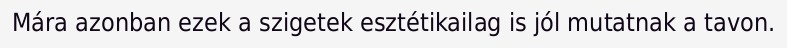
Mára azonban ezek a szigetek esztétikailag is jól mutatnak a tavon.